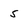
Character: 5